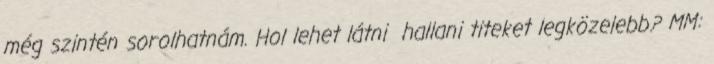
még szintén sorolhatnám. Hol lehet látni hallani titeket legközelebb? MM: